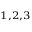
^ { 1 , 2 , 3 }